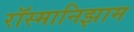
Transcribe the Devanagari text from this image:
रॉस्मानिझाम